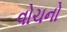
વોચનો